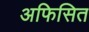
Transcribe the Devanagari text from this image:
अफिसित